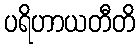
ပရိဟာယတီတိ